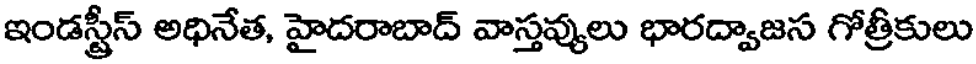
ఇండస్ట్రీస్ అధినేత, హైదరాబాద్ వాస్తవ్యులు భారద్వాజస గోత్రీకులు